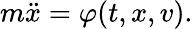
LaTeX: m{\ddot{x}}=\varphi(t,x,v).